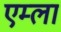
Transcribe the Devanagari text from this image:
एम्ला